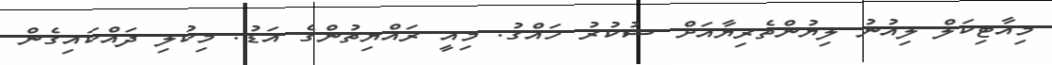
މިއާޓިކަލް ލިއުނު ލިޔުންތެރިޔާއަށް ޝުކުރު ހައްގު. މިއީ ރައްޔިތުންގެ އަޑު. މިކުލި ދައްކައިގެން